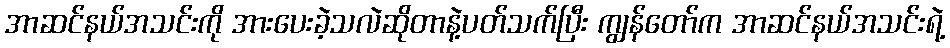
အာဆင်နယ်အသင်းကို အားပေးခဲ့သလဲဆိုတာနဲ့ပတ်သက်ပြီး ကျွန်တော်က အာဆင်နယ်အသင်းရဲ့